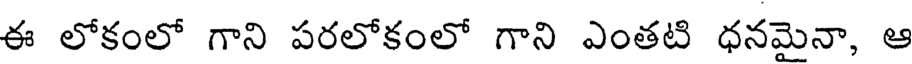
ఈ లోకంలో గాని పరలోకంలో గాని ఎంతటి ధనమైనా, ఆ